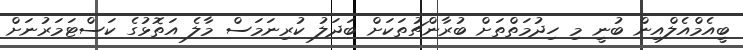
ބީއެމްއެލްއިން ބުނީ މި ހިދުމަތްތަށް ބުރާންޗުތަކަށް ބަދަލު ކުރިނަމަސް މާލެ އަތޮޅުގެ ކަސްޓަމަރުނަށް